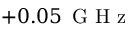
+ 0 . 0 5 \ensuremath { \, \mathrm { ~ G ~ H ~ z ~ } }